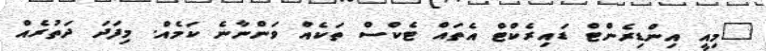
"މިއީ އިންޑިރެންޓް ޑައިރެކްޓް އެތައް ޓެކްސް ތަކެއް ވަންނާނެ ކަމެއް. މިފަދަ ދަތުރެއް